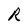
Character: R